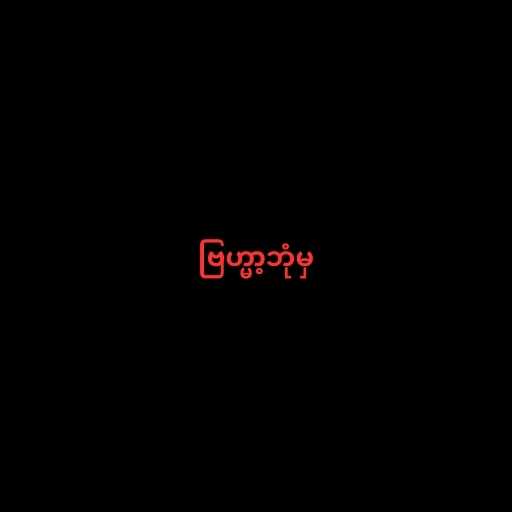
ဗြဟ္မာ့ဘုံမှ